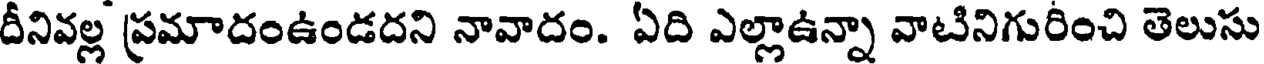
దీనివల్ల ప్రమాదంఉండదని నావాదం. ఏది ఎల్లాఉన్నా వాటినిగురించి తెలుసు